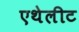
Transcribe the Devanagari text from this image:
एथेलीट